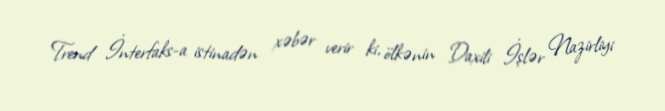
Trend İnterfaks-a istinadən xəbər verir ki, ölkənin Daxili İşlər Nazirliyi